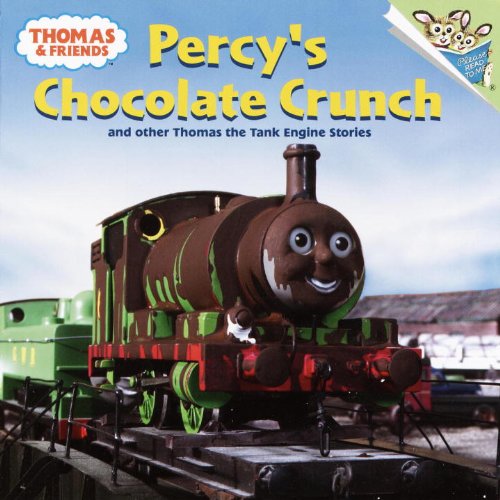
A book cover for Percy's Chocolate Crunch: And Other Thomas the Tank Engine Stories (Thomas & Friends); Random House; Children's Books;